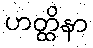
ဟတ္ထိနာ